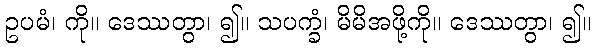
ဥပမံ၊ ကို။ ဒေဿတွာ၊ ၍။ သပက္ခံ၊ မိမိအဖို့ကို။ ဒေဿတွာ၊ ၍။